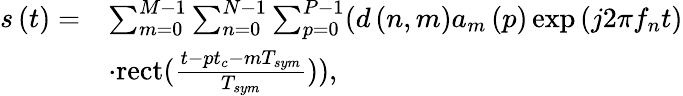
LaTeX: \begin{array}{rl}{s\left(t\right)=}&{\sum_{m=0}^{M-1}{\sum_{n=0}^{N-1}{\sum_{p=0}^{P-1}}}(d\left({n,m}\right){a_{m}}\left(p\right)\exp\left({j2\pi{f_{n}}t}\right)}\\ &{\cdot\mathrm{{rect}}({\frac{{t-p{t_{c}}-m{T_{sym}}}}{{{T_{sym}}}}})),}\end{array}